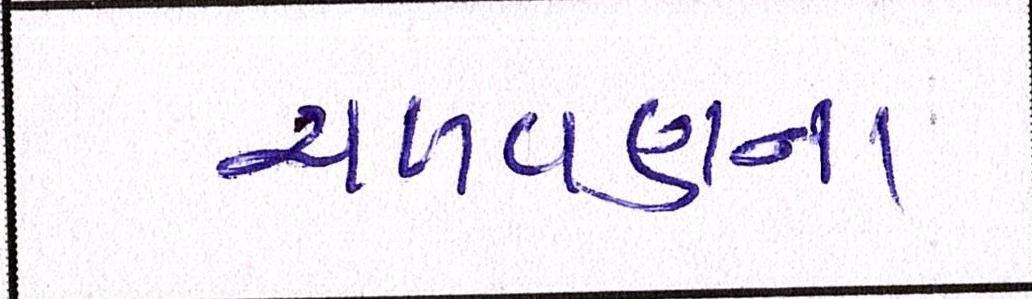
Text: ચળવળના